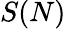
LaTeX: S(N)